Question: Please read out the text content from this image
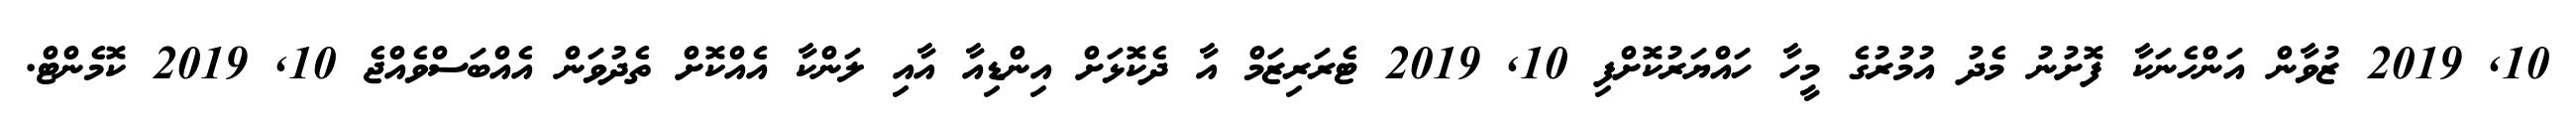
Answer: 10, 2019 ޒުވާން އަންހެނަކާ ފޮށުނު މެދު އުމުރުގެ މީހާ ހައްޔަރުކޮށްފި 10, 2019 ޓެރަރިޒަމް އާ ދެކޮޅަށް އިންޑިއާ އާއި ލަންކާ އެއްކޮށް ތެދުވަން އެއްބަސްވެއްޖެ 10, 2019 ކޮމެންޓް.